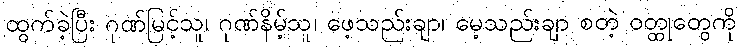
ထွက်ခဲ့ပြီး ဂုဏ်မြင့်သူ၊ ဂုဏ်နိမ့်သူ၊ ဖေ့သည်းချာ၊ မေ့သည်းချာ စတဲ့ ဝတ္ထုတွေကို